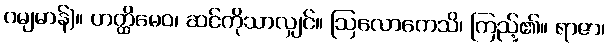
ဂမျမာန်)။ ဟတ္ထိမေဝ၊ ဆင်ကိုသာလျှင်။ ဩလောကေသိ၊ ကြည့်၏။ ရာဇာ၊